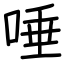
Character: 唾